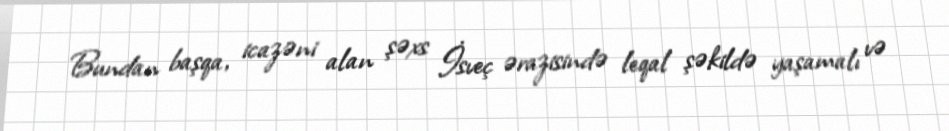
Bundan başqa, icazəni alan şəxs İsveç ərazisində leqal şəkildə yaşamalı və